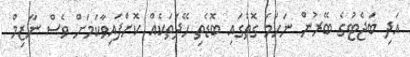
އަދި ބަޖެޓުގެ ބޭރުން ނަހަމަ ގޮތުގައި ބޮޑެތި ހޭދަތަކެއް ކޮށްފައިވާކަމަށް ވެސް ނާޒިމް